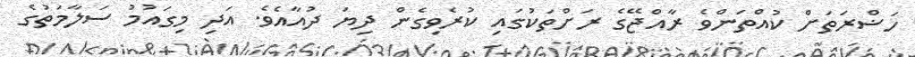
ހަޟްރަތަށް ކުއްތަންވެ ރާއްޖޭގެ ރަށްތަކުގައި ކުރެވިގެން ދިޔަ ދުއާއެވެ. އަދި މިގައުމު ސަލާމަތުގެ